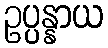
ဥပ္ပန္နာယ